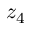
z _ { 4 }